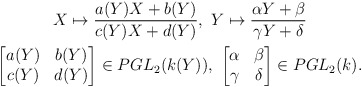
\begin{align*}\begin{gathered}X \mapsto \frac{a(Y)X + b(Y)}{c(Y)X + d(Y)}, \ Y \mapsto \frac{\alpha Y + \beta}{\gamma Y + \delta} \\\begin{bmatrix}a(Y)&b(Y)\\c(Y)&d(Y)\end{bmatrix} \in PGL_2(k(Y)),\ \begin{bmatrix}\alpha & \beta \\ \gamma & \delta\end{bmatrix} \in PGL_2(k).\end{gathered}\end{align*}